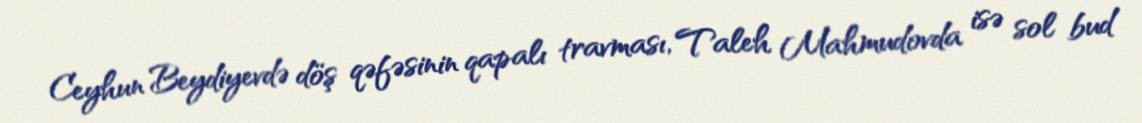
Ceyhun Beydiyevdə döş qəfəsinin qapalı travması, Taleh Mahmudovda isə sol bud